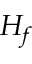
H _ { f }